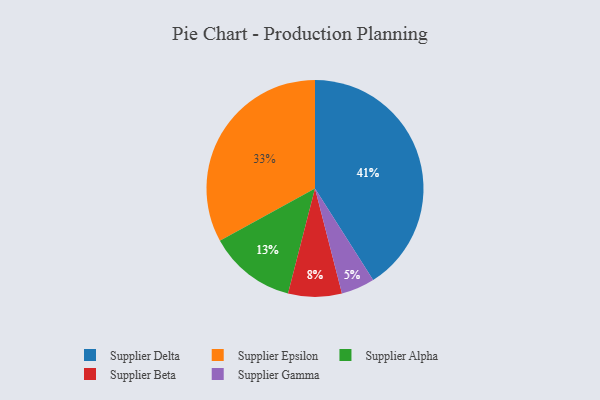
{"axis": {"x": "Category", "y": "Percentage"}, "legend": ["Supplier Alpha", "Supplier Beta", "Supplier Delta", "Supplier Epsilon", "Supplier Gamma"], "data": [{"x": "Supplier Alpha", "y": 13, "type": "Supplier Alpha"}, {"x": "Supplier Epsilon", "y": 33, "type": "Supplier Epsilon"}, {"x": "Supplier Beta", "y": 8, "type": "Supplier Beta"}, {"x": "Supplier Gamma", "y": 5, "type": "Supplier Gamma"}, {"x": "Supplier Delta", "y": 41, "type": "Supplier Delta"}]}